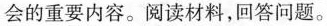
会的重要内容。阅读材料，回答问题。